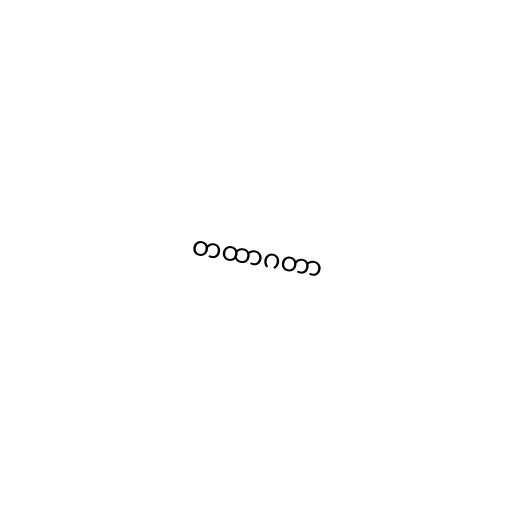
တထာဂတာ